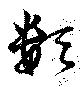
類